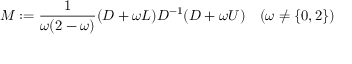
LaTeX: M : = { \frac { 1 } { \omega ( 2 - \omega ) } } ( D + \omega L ) D ^ { - 1 } ( D + \omega U ) \quad ( \omega \neq \{ 0 , 2 \} )